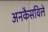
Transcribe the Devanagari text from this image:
अनकैसविले